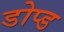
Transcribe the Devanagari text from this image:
डोप्ड